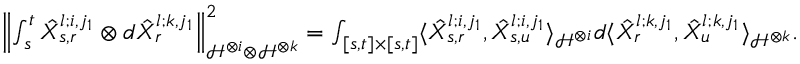
\begin{array} { r } { { \left\lVert { \int _ { s } ^ { t } \hat { X } _ { s , r } ^ { l ; i , j _ { 1 } } \otimes d \hat { X } _ { r } ^ { l ; k , j _ { 1 } } } \right\rVert } _ { \mathcal { H } ^ { \otimes i } \otimes \mathcal { H } ^ { \otimes k } } ^ { 2 } = \int _ { [ s , t ] \times [ s , t ] } \langle \hat { X } _ { s , r } ^ { l ; i , j _ { 1 } } , \hat { X } _ { s , u } ^ { l ; i , j _ { 1 } } \rangle _ { \mathcal { H } ^ { \otimes i } } d \langle \hat { X } _ { r } ^ { l ; k , j _ { 1 } } , \hat { X } _ { u } ^ { l ; k , j _ { 1 } } \rangle _ { \mathcal { H } ^ { \otimes k } } . } \end{array}